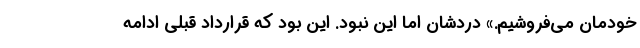
خودمان می‌فروشیم.» دردشان اما این نبود. این بود که قرارداد قبلی ادامه